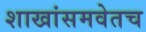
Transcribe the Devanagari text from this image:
शाखांसमवेतच